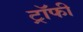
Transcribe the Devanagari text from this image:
ट्राॅफी